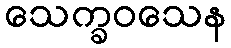
သေက္ခဝသေန